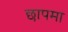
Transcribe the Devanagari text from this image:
छापमा